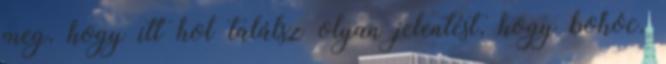
meg, hogy itt hol találsz olyan jelentést, hogy bohóc.